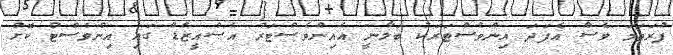
ފުރަތަމަ ވެސް އެފަދަ އިންވެސްޓަރަކު ބަލާނީ އެއިންވެސްޓަރު އެސްއީޒެޑް ގައި އިންވެސްޓް ކޮށް